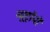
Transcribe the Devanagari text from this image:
न्युट्रॉनों